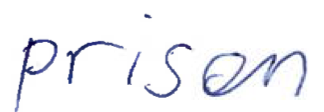
Text: prison
Cross-out: clean
Writing tool: ballpoint